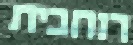
רוחבית